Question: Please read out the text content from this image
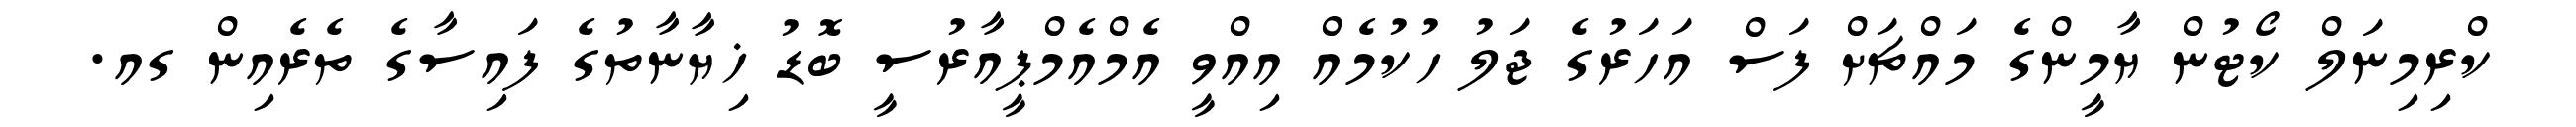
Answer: ކްރިމިނަލް ކޯޓުން ޔާމީންގެ މައްޗަށް ފަސް އަހަރުގެ ޖަލު ހުކުމެއް އިއްވީ އެމްއެމްޕީއާރުސީ ބޮޑު ޚިޔާނާތުގެ ފައިސާގެ ތެރެއިން ގއ.